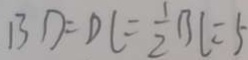
B D = D C = \frac { 1 } { 2 } B C = 5